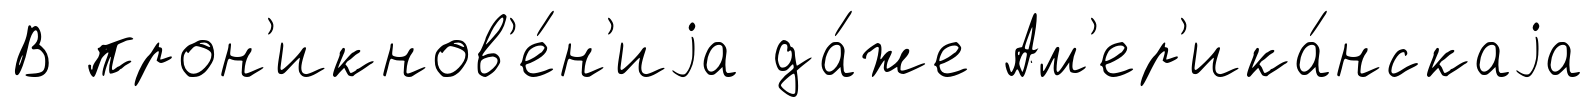
В прон'икнов'е́н'иjа да́же Ам'ер'ика́нскаjа